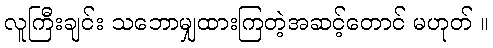
လူကြီးချင်း သဘောမျှထားကြတဲ့အဆင့်တောင် မဟုတ် ။